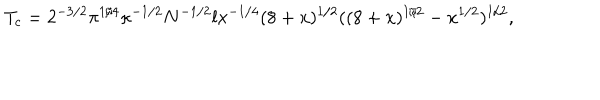
T _ { c } = 2 ^ { - 3 / 2 } \pi ^ { 1 / 4 } \kappa ^ { - 1 / 2 } N ^ { - 1 / 2 } l x ^ { - 1 / 4 } ( 8 + x ) ^ { 1 / 2 } ( ( 8 + x ) ^ { 1 / 2 } - x ^ { 1 / 2 } ) ^ { 1 / 2 } ,